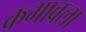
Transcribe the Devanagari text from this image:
कमावला